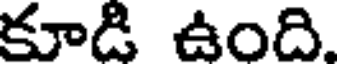
కూడి ఉంది.